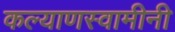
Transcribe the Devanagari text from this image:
कल्याणस्वामीनी